Annual report on the working of the mental hospitals in the Madras Presidency - 1912-1932
Year: 1912
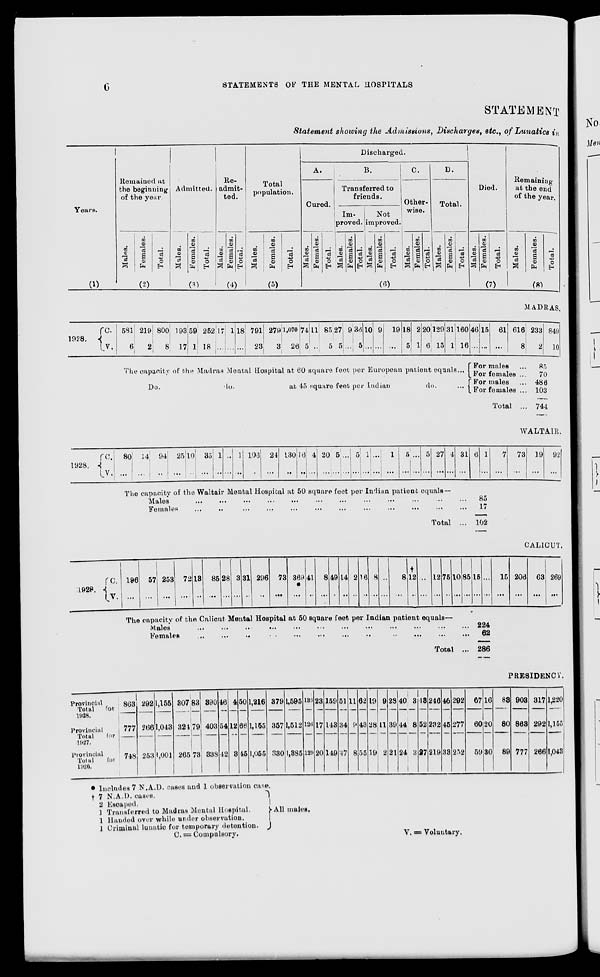
6
STATEMENTS OF THE MENTAL HOSPITALS
STATEMENT
Statement showing the Admissions, Discharges, etc., of Lunatics in
Years.
(1)
Remained at
the beginning
of the year.
Males.
Females.
Total.
(2)
Admitted
Males.
Females.
Total.
(3)
Re-
admit-
ted.
Males.
Females.
Total.
(4)
Total
population.
Males.
Females.
Total.
(5)
Discharged.
A.
Cured.
Males.
Females.
Total.
B.
Transferred to
friends.
Im-
proved.
Males.
Females.
Total.
Not
improved.
Males.
Females.
Total.
C.
Other-
wise.
Males.
Females.
Total.
D.
Total.
Males.
Females.
Total.
(6)
Died.
Males.
Females.
Total.
(7)
Remaining
at the end
of the year.
Males.
Females.
Total.
(8)
MADRAS
1928.
C.
V.
581
6
219
2
800
8
193
17
59
1
252
18
l7
...
1
...
18
...
791
23
279
3
1,070
26
74
5
11
...
85
5
27
5
9
...
36
5
10
...
9
...
19
...
18
5
2
1
20
6
129
15
31
1
160
16
The capacity of the Madras Mental Hospital at 60 square feet per European patient equals ...
Do.
do.
at 45 square feet per Indian
do.
...
46
...
15
...
61
...
616
8
For males ...
For females ...
For males ...
For females ...
Total ...
233
2
849
10
85
70
486
103
744
WALTAIR
1928.
C.
V.
80
...
14
...
94
...
25
...
10
...
35
...
1
...
...
...
1
...
106
...
24
...
130
...
16
...
4
...
20
...
5
...
...
...
5
...
1
...
...
...
1
...
5
...
...
...
5
...
27
...
4
...
31
...
The capacity of the Waltair Mental Hospital at 50 square feet per Indian patient equals —
Males
...
...
...
...
...
...
...
...
...
...
...
...
Females ... ... ... ... ... ... ... ... ... ... ... ...
Total ...
6
...
1
...
7
...
73
...
19
...
92
...
85
17
102
CALICUT.
1928.
C.
V.
196
...
57
...
253
...
72
...
13
...
85
...
28
...
3
...
31
...
296
...
73
...
369
*
...
41
...
8
...
49
...
14
...
2
...
16
...
8
...
...
...
8
...
†
12
...
...
...
12
...
75
...
10
...
85
...
The capacity of the Calicut Mental Hospital at 50 square feet per Indian patient equals—
Males
...
...
...
...
...
...
...
...
...
Females
...
...
...
...
...
... ... ... ... ... ... ...
Total ...
15
...
...
...
15
...
206
...
63
...
269
...
224
62
286
PRESIDENCY.
Provincial
Total for
1928.
Provincial
Total
for
1927.
Provincial
Total
for
1926.
863
777
748
292
266
253
1,155
1,043
1,001
307
324
265
83
79
73
390
403
338
46
54
42
4
12
3
50
66
45
1,216
1,155
1,055
379
357
330
1,595
1,512
1,385
136
126
129
23
17
20
159
143
149
51
34
47
11
9
8
62
43
55
19
28
19
9
11
2
28
39
21
40
44
24
3
8
3
43
52
27
246
232
219
46
45
33
292
277
252
67
60
59
16
20
30
83
80
89
903
863
777
317
292
266
1,220
1,155
1,043
*
†
Includes 7 N.A.D. cases and 1 observation case.
7 N.A.D. cases.
2 Escaped.
1 Transferred to Madras Mental Hospital.
1 Handed over while under observation.
1 Criminal lunatic for temporary detention.
All males.
C. = Compulsory.
V. = Voluntary.